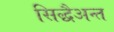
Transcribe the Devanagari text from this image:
सिद्धैअन्त